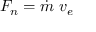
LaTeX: F _ { n } = { \dot { m } } \; v _ { e }